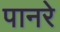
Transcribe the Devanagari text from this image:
पानरे